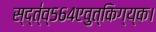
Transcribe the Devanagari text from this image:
स्द्त्॑व्५६४एवुत्किग्य्क।